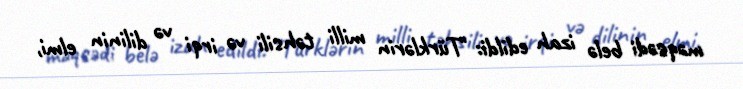
məqsədi belə izah edildi: "Türklərin milli təhsili və irqi və dilinin elmi,